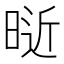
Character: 𰖑